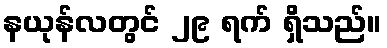
နယုန်လတွင် ၂၉ ရက် ရှိသည်။